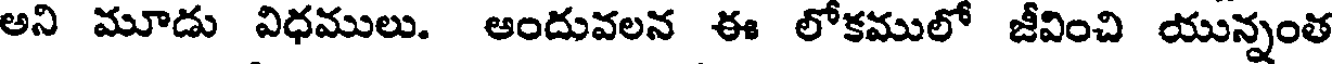
అని మూడు విధములు. ఆందువలన ఈ లోకములో జీవించి యున్నంత